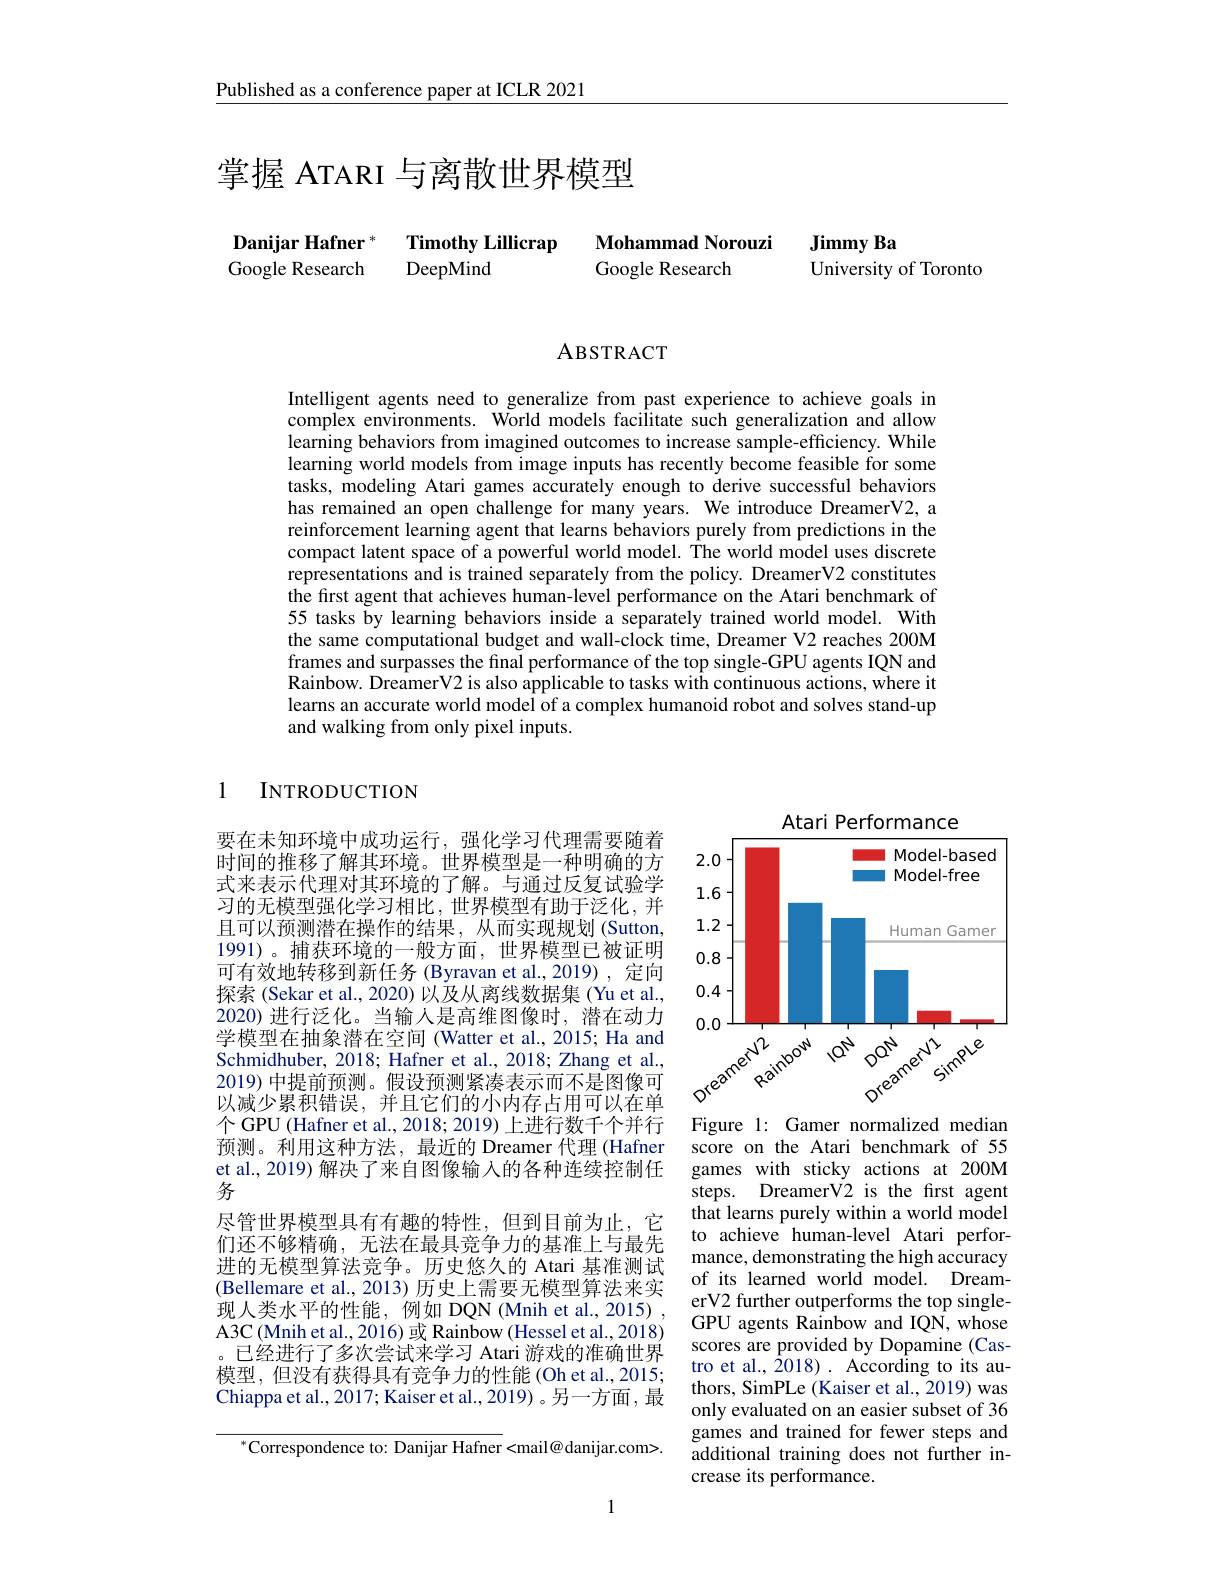
$\underline{\text{Published as a conference paper at ICLR 2021}}$

# 掌握 ATARI 与离散世界模型

Timothy Lillicrap
Danijar Hafner $^{*}$ Google Research
DeepMind

Mohammad Norouzi
Jimmy Ba
Google Research
University of Toronto

ABSTRACT

Intelligent agents need to generalize from past experience to achieve goals in complex environments. World models facilitate such generalization and allow learning behaviors from imagined outcomes to increase sample-efficiency. While learning world models from image inputs has recently become feasible for some tasks, modeling Atari games accurately enough to derive successful behaviors has remained an open challenge for many years. We introduce DreamerV2, a reinforcement learning agent that learns behaviors purely from predictions in the compact latent space of a powerful world model. The world model uses discrete representations and is trained separately from the policy. DreamerV2 constitutes the first agent that achieves human-level performance on the Atari benchmark of 55 tasks by learning behaviors inside a separately trained world model. With the same computational budget and wall-clock time, Dreamer V2 reaches 200M frames and surpasses the final performance of the top single-GPU agents IQN and Rainbow. DreamerV2 is also applicable to tasks with continuous actions, where it learns an accurate world model of a complex humanoid robot and solves stand-up and walking from only pixel inputs.

1 INTRODUCTION

<FigureHere>

要在未知环境中成功运行，强化学习代理需要随着时间的推移了解其环境。世界模型是一种明确的方式来表示代理对其环境的了解。与通过反复试验学习的无模型强化学习相比，世界模型有助于泛化，并且可以预测潜在操作的结果，从而实现规划(Sutton, 1991)。捕获环境的一般方面，世界模型已被证明可有效地转移到新任务 (Byravan et al.,2019) ,定向探索 (Sekar et al., 2020) 以及从离线数据集 (Yu et al., 2020)进行泛化。当输入是高维图像时，潜在动力学模型在抽象潜在空间 (Watter et al., 2015; Ha and Schmidhuber, 2018; Hafner et al., 2018; Zhang et al. 2019) 中提前预测。假设预测紧凑表示而不是图像可以减少累积错误，并且它们的小内存占用可以在单个 GPU (Hafner et al., 2018; 2019) 上进行数千个并行预测。利用这种方法，最近的 Dreamer 代理 (Hafner et al., 2019) 解决了来自图像输入的各种连续控制任务
尽管世界模型具有有趣的特性，但到目前为止，它们还不够精确，无法在最具竞争力的基准上与最先进的无模型算法竞争。历史悠久的 Atari 基准测试(Bellemare et al., 2013) 历史上需要无模型算法来实现人类水平的性能，例如 DQN (Mnih et al., 2015) , A3C (Mnih et al., 2016) 或 Rainbow (Hessel et al., 2018) 。已经进行了多次尝试来学习 Atari 游戏的准确世界模型，但没有获得具有竞争力的性能(Oh et al., 2015; Chiappa et al., 2017; Kaiser et al., 2019) 。另一方面 , 最

Figure 1: Gamer normalized median score on the Atari benchmark of 55 games with sticky actions at 200M steps. DreamerV2 is the first agent that learns purely within a world model to achieve human-level Atari performance, demonstrating the high accuracy of its learned world model. DreamerV2 further outperforms the top singleGPU agents Rainbow and IQN, whose scores are provided by Dopamine (Castro et al., $\hat{2}018).$ According to its authors, SimPLe (Kaiser et al., 2019) was only evaluated on an easier subset of 36 games and trained for fewer steps and additional training does not further increase its performance.

$^{*}$Correspondence to: Danijar Hafner <mail@ danijar.com>.

1